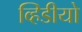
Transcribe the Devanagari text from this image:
व्हिडीयो